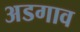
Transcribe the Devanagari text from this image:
अडगाव